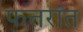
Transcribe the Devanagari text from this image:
फत्तरांत